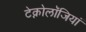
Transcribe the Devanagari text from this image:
टेक्नोलॉजियां